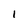
Character: I